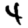
Digit: 4